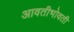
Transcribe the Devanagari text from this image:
आवतीभोवती